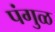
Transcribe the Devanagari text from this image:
पंगुळ